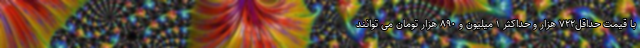
با قیمت حداقل۷۲۲ هزار و حداکثر ۱ میلیون و ۸۹۰ هزار تومان می توانند